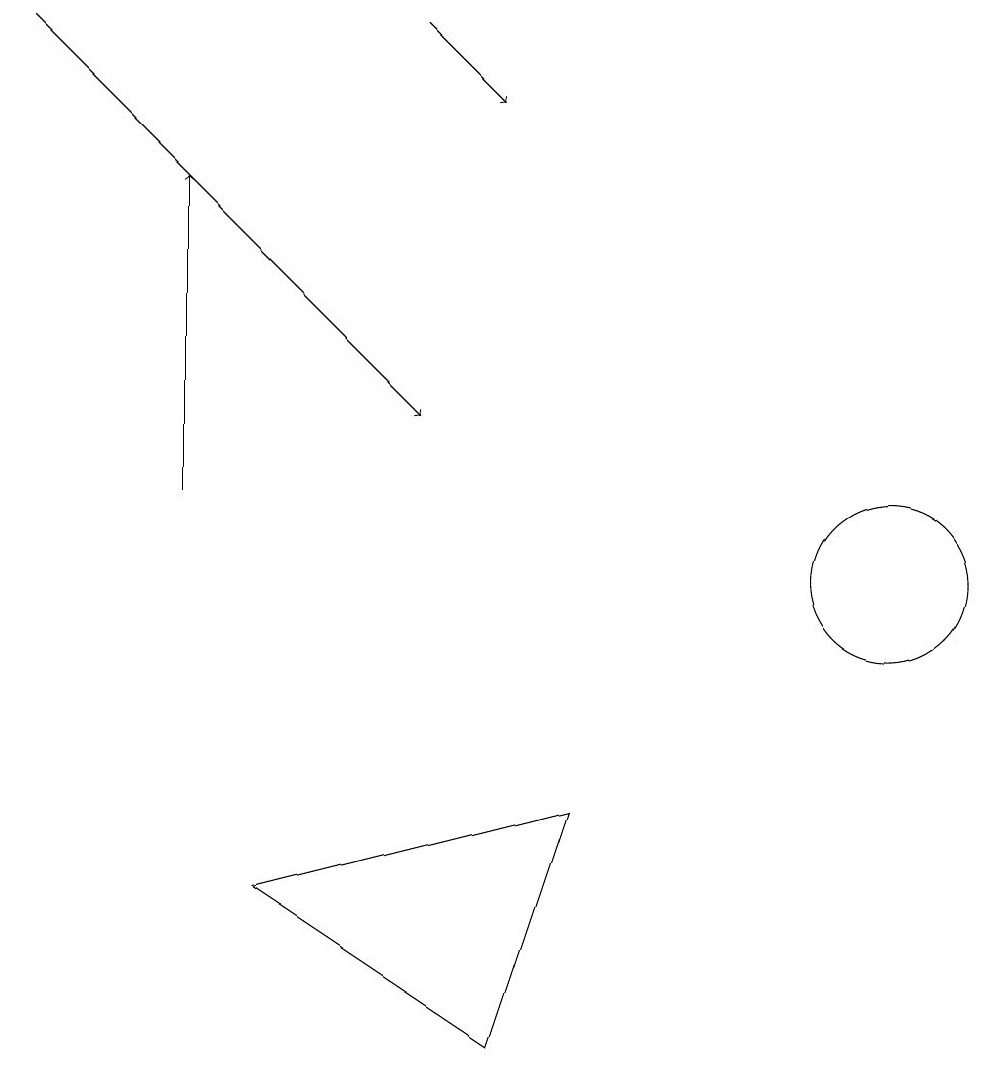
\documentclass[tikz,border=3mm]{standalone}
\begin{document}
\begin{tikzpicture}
\draw[->] (2,12) -- (2,16);
\draw (3,7) -- (7,8) -- (6,5) -- cycle;
\draw (11,11) circle (1);
\draw[->] (5,18) -- (6,17);
\draw[->] (0,18) -- (5,13);
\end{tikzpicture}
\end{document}